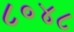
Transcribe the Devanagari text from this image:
८०४८